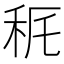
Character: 𥝾